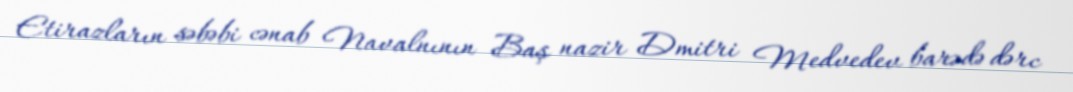
Etirazların səbəbi cənab Navalnının Baş nazir Dmitri Medvedev barədə dərc